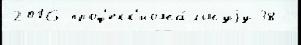
2016 проф'есс'иона́льнуjу 38